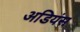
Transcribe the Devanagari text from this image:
अडियंस